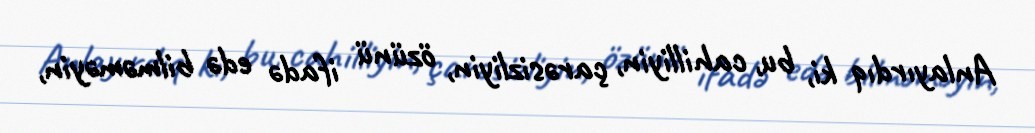
Anlayırdıq ki, bu, cahilliyin, çarəsizliyin, özünü ifadə edə bilməməyin,